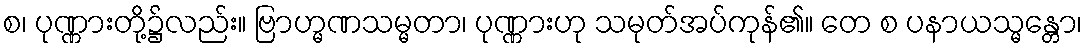
စ၊ ပုဏ္ဏားတို့၌လည်း။ ဗြာဟ္မဏသမ္မတာ၊ ပုဏ္ဏားဟု သမုတ်အပ်ကုန်၏။ တေ စ ပနာယသ္မန္တော၊